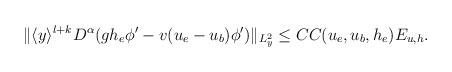
LaTeX: \begin{align*}\begin{aligned}\Vert \langle y\rangle^{l+k}D^\alpha(gh_e\phi'-v(u_e-u_b)\phi')\Vert_{L^2_y}\leq CC(u_e,u_b,h_e)E_{u,h}.\end{aligned}\end{align*}